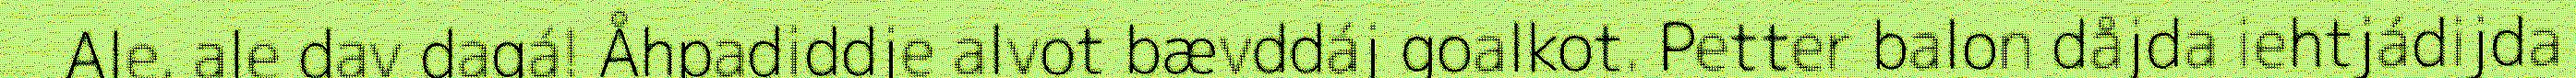
Ale, ale dav dagá! Åhpadiddje alvot bævddáj goalkot. Petter balon dåjda iehtjádijda